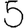
Digit: 5